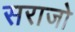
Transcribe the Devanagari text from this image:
सराजो